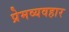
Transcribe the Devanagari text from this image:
प्रेमव्यवहार